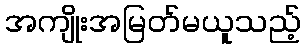
အကျိုးအမြတ်မယူသည့်